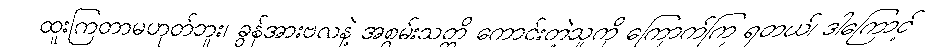
ထူးကြတာမဟုတ်ဘူး၊ ခွန်အားဗလနဲ့ အစွမ်းသတ္တိ ကောင်းတဲ့သူကို ကြောက်ကြ ရတယ်၊ ဒါကြောင့်